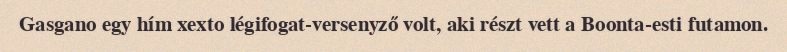
Gasgano egy hím xexto légifogat-versenyző volt, aki részt vett a Boonta-esti futamon.